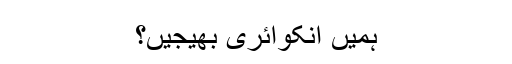
ہمیں انکوائری بھیجیں؟